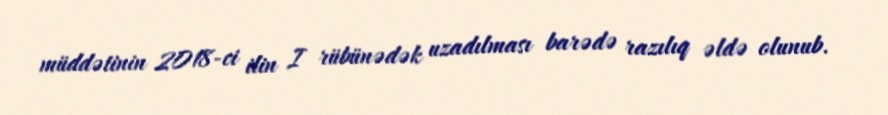
müddətinin 2018-ci ilin I rübünədək uzadılması barədə razılıq əldə olunub.